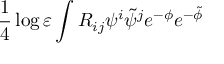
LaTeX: \frac 1 4 \log \varepsilon \int R _ { i j } \psi ^ { i } \tilde { \psi } ^ { j } e ^ { - \phi } e ^ { - \tilde { \phi } }